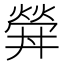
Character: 𤍧